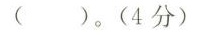
( )。(4分)